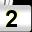
Digit: 2